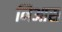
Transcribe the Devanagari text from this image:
निआस